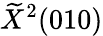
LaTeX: \widetilde{X}^{2}(010)